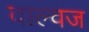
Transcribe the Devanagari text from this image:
वाल्वज